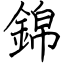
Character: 錦